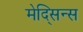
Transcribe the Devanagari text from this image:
मेद्सिन्स